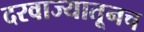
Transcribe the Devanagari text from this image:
दरवाज्यातूनच